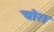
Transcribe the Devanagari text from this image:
चोरा